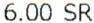
6.00 SR